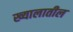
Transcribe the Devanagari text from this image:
ख्यालातील